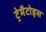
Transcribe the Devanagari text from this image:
ट्रेमैटोड्स